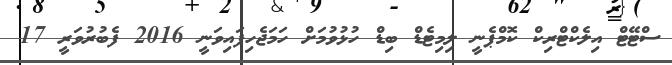
ސްޓޭޓް އިލެކްޓްރިކް ކޮމްޕެނީ ލިމިޓެޑް ބިޑް ހުޅުވުމަށް ހަމަޖެހިފައިވަނީ 2016 ފެބުރުވަރީ 17